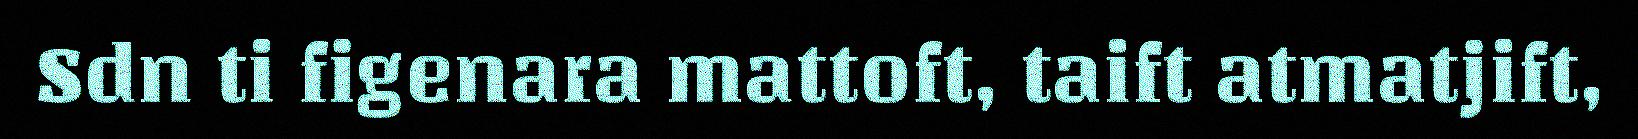
Sdn ti figenara mattoft, taift atmatjift,